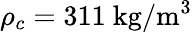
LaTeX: \rho_{c}=311~\mathrm{kg}/\mathrm{m}^{3}